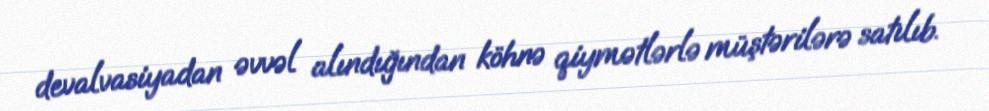
devalvasiyadan əvvəl alındığından köhnə qiymətlərlə müştərilərə satılıb.